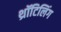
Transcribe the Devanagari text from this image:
थ्रॉटिलिंग